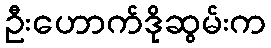
ဦးဟောက်ဒိုဆွမ်းက